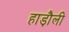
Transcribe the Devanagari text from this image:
हाड़ौली